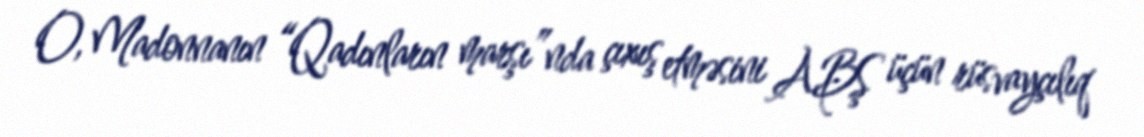
O, Madonnanın “Qadınların marşı”nda çıxış etməsini ABŞ üçün rüsvayçılıq